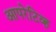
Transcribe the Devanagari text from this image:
आपरेटिव्ह